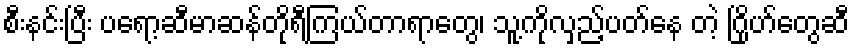
စီးနင်းပြီး ပရော့ဆီမာဆန်တိုရီကြယ်တာရာတွေ၊ သူ့ကိုလှည့်ပတ်နေ တဲ့ ဂြိုဟ်တွေဆီ